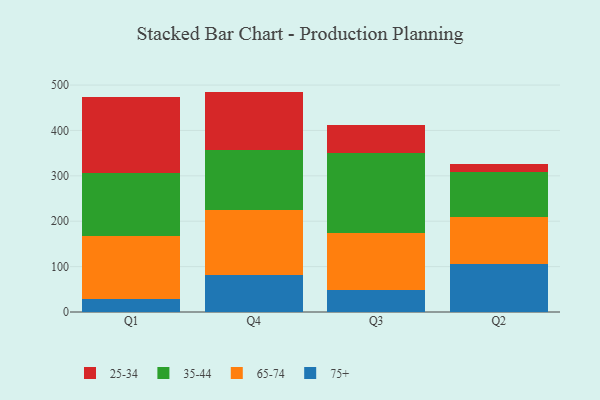
{"axis": {"x": "Quarter", "y": "Production Output"}, "legend": ["25-34", "35-44", "65-74", "75+"], "data": [{"x": "Q1", "y": 27.7, "type": "75+"}, {"x": "Q1", "y": 140.5, "type": "65-74"}, {"x": "Q1", "y": 138.3, "type": "35-44"}, {"x": "Q1", "y": 167.0, "type": "25-34"}, {"x": "Q4", "y": 81.8, "type": "75+"}, {"x": "Q4", "y": 142.3, "type": "65-74"}, {"x": "Q4", "y": 133.7, "type": "35-44"}, {"x": "Q4", "y": 127.8, "type": "25-34"}, {"x": "Q3", "y": 49.2, "type": "75+"}, {"x": "Q3", "y": 124.0, "type": "65-74"}, {"x": "Q3", "y": 177.8, "type": "35-44"}, {"x": "Q3", "y": 62.1, "type": "25-34"}, {"x": "Q2", "y": 105.0, "type": "75+"}, {"x": "Q2", "y": 105.4, "type": "65-74"}, {"x": "Q2", "y": 97.7, "type": "35-44"}, {"x": "Q2", "y": 18.7, "type": "25-34"}]}